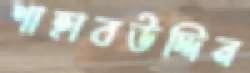
শাহাবউদ্দিন